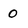
Character: 0